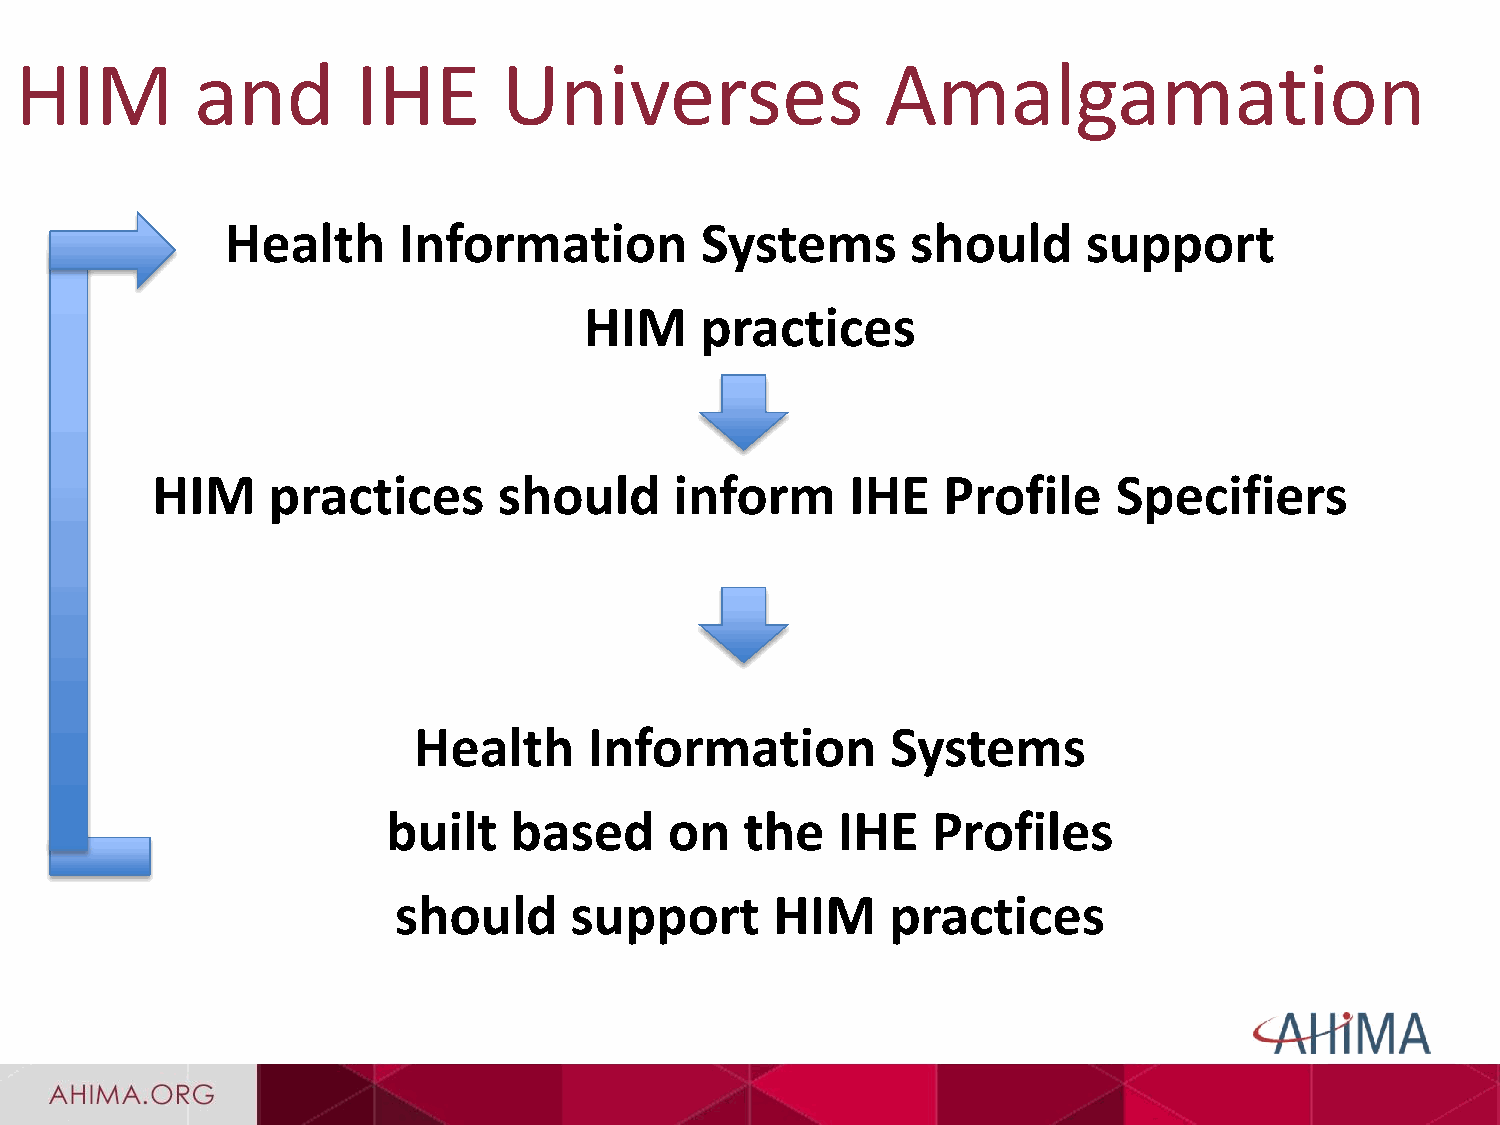
HIM         and        IHE      Universes                 Amalgamation
 Health     Information         Systems       should      support
 HIM    practices
 HIM     practices      should      inform     IHE   Profile     Specifiers
 Health      Information         Systems
 built   based     on   the   IHE    Profiles
 should      support      HIM     practices